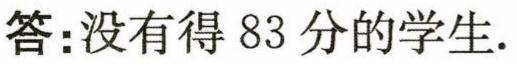
答：没有得 83 分的学生.